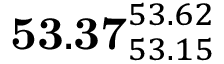
\mathbf { 5 3 . 3 7 } _ { 5 3 . 1 5 } ^ { 5 3 . 6 2 }